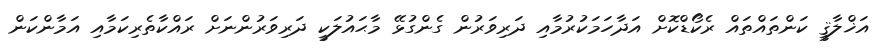
އަޚްލާޤީ ކަންތައްތައް ރެކޯޑްކޮށް އަދާހަމަކުރުމާއި ދަރިވަރުން ގެންގުޅޭ މާޙައުލަކީ ދަރިވަރުންނަށް ރައްކާތެރިކަމާއި އަމާންކަން